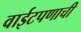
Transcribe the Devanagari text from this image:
वाईटपणाची